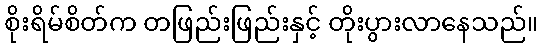
စိုးရိမ်စိတ်က တဖြည်းဖြည်းနှင့် တိုးပွားလာနေသည်။